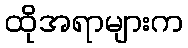
ထိုအရာများက